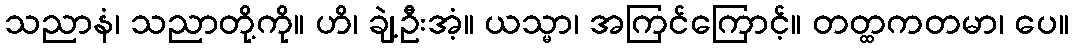
သညာနံ၊ သညာတို့ကို။ ဟိ၊ ချဲ့ဦးအံ့။ ယသ္မာ၊ အကြင်ကြောင့်။ တတ္ထကတမာ၊ ပေ။